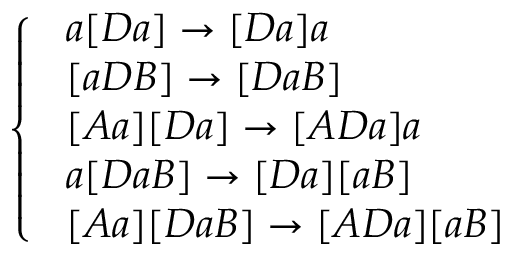
\left\{ \begin{array} { l l } { \ a [ D a ] \rightarrow [ D a ] a } \\ { \ [ a D B ] \rightarrow [ D a B ] } \\ { \ [ A a ] [ D a ] \rightarrow [ A D a ] a } \\ { \ a [ D a B ] \rightarrow [ D a ] [ a B ] } \\ { \ [ A a ] [ D a B ] \rightarrow [ A D a ] [ a B ] } \end{array} \right.